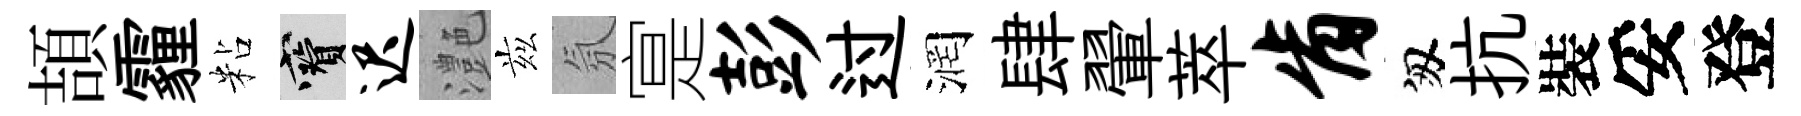
頡霾粘寶迟灔兹氛寔彭过润肆翬萃肯匆抗裝妥登